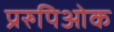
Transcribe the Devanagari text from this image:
प्ररुपिओक